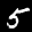
Label: 5